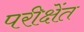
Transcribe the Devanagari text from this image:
परीक्षेंत